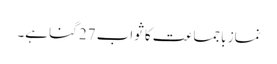
نماز باجماعت کا ثواب 27 گنا ہے۔